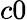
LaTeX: c0